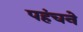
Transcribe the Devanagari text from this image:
पहंचने